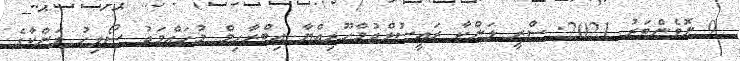
9 ނޮވެންބަރު 2021: ސްރީ ލަންކާ ރައީސުލްޖުމްހޫރިއްޔާ އިބްރާހިމް މުހައްމަދު ސޯލިހު ލަންކާގެ